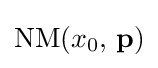
{\textrm {NM}}(x_{0},\,\mathbf {p} )